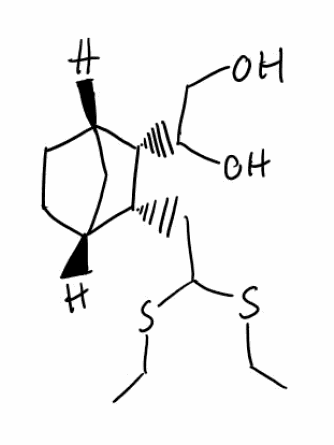
Simplified molecular-input line-entry system (SMILES) notation of the given molecule:
CCSC(C[C@@H]1[C@@H]2CC[C@@H](C2)[C@@H]1C(CO)O)SCC